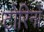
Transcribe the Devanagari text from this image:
टोरिनों